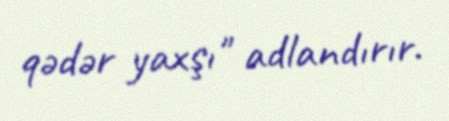
qədər yaxşı" adlandırır.